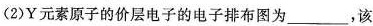
(2)Y元素原子的价层电子的电子排布图为___，该